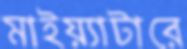
মাইয়্যাটারে